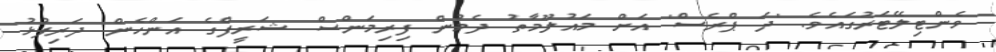
ވެންޓިލޭޓަރުގައެވެ. 'ދަ ޕްރެސް' އަށް މައުލޫމާތު ދެމުން ފިރިމަންސް ޝަރީފްގެ އަންހެން ދަރިފުޅު